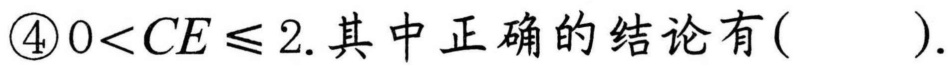
\textcircled{4}$0<CE\leqslant 2$. 其中正确的结论有(  ).